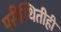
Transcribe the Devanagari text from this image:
परीस्थितीही